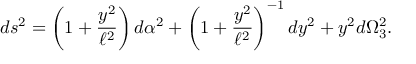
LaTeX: d s ^ { 2 } = \left( 1 + \frac { y ^ { 2 } } { \ell ^ { 2 } } \right) d \alpha ^ { 2 } + \left( 1 + \frac { y ^ { 2 } } { \ell ^ { 2 } } \right) ^ { - 1 } d y ^ { 2 } + y ^ { 2 } d \Omega _ { 3 } ^ { 2 } .